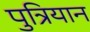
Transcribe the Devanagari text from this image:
पुत्रियान